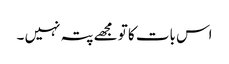
اس بات کا تو مجھے پتہ نہیں ۔